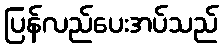
ပြန်လည်ပေးအပ်သည်